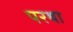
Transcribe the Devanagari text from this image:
परथा